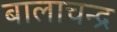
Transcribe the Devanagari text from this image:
बालाचन्द्र